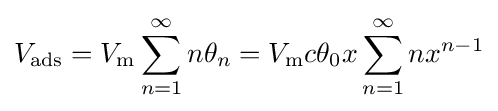
V_{\text{ads}}=V_{\text{m}}\sum _{n=1}^{\infty }n\theta _{n}=V_{\text{m}}c\theta _{0}x\sum _{n=1}^{\infty }nx^{n-1}